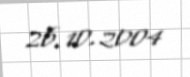
26.10.2004